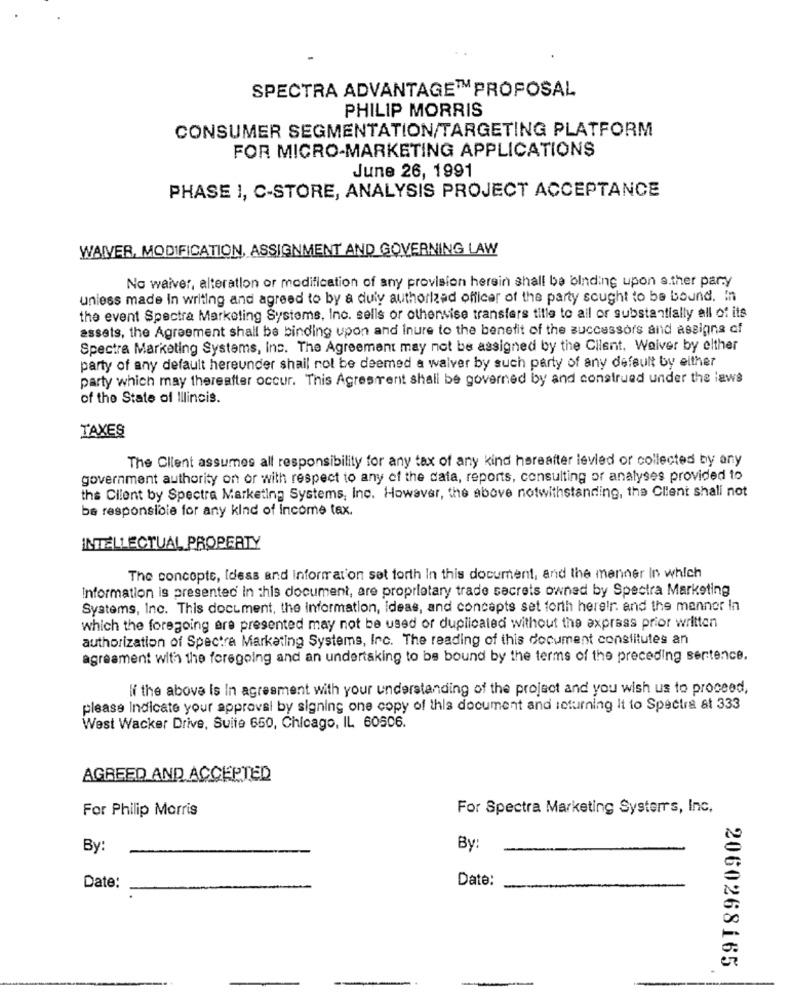
SPECTRA ADVANTAGE™ PROPOSAL
PHILIP MORRIS
CONSUMER SEGMENTATION/TARGETING PLATFORM
FOR MICRO-MARKETING APPLICATIONS
June 26, 1991
PHASE 1, C-STORE, ANALYSIS PROJECT ACCEPTANCE
WAIVER, MODIFICATION, ASSIGNMENT AND GOVERNING LAW
No waiver, alteration or modification of any provision herein shall be binding upon a.ther pary
unless made In writing and agreed to by a duly authorized officer of the party sought to be bound. In
the event Spectra Marketing Systems, Inc. sells or othenvise transfers tille to all or substantially all of its
assets, the Agreement shall be binding upon and Inure to the benefit of the successors and assigns of
Spectra Marketing Systems, Inc. The Agreement may not be assigned by the Client. Waiver by elther
party of any default hereunder shall not be deemed a waiver by such party of any default by either
party which may thereafter occur. This Agresirent shall be governed by and construed under the laws
of the State of Illinois.
TAXES
The Client assumes all responsibility for any tax of any kind hereafter levied or collected by any
government authority on or with respect to any of the data, reports, consulting or analyses provided to
the Client by Spectra Marketing Systems, Inc. However, the above notwithstanding, the Client shall not
be responsible for any kind of income tax.
INTELLECTUAL PROPERTY
The concepte, Idess and Information set forth In this document, and the manner In which
Information is presented in this document, are proprietary trade secrets owned by Spectra Marketing
Systems, Inc. This document, the information, ideas, and concepts set forth herelr. and the mennor In
which the foregoing are presented may not be used or duplicated without the express prior written
authorization of Spectra Marketing Systems, Inc. The reading of this document constitutes an
agreament with the foregoing and an undertaking to be bound by the terms of the preceding sentence.
If the above is In agreement with your understanding of the project and you wish us to proceed,
please Indicate your approval by signing one copy of this document and returning it to Spectra at 333
West Wacker Drive, Suite 650, Chicago, IL 60506.
AGREED AND ACCEPTED
For Philip Morris
For Spectra Marketing Systems, Inc.
By:
By:
Date:
Date:
2060268165